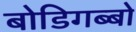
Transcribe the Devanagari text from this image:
बोडिगब्बो